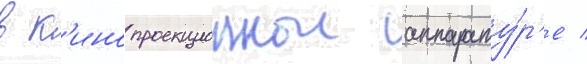
в к'инопроекционнои аппарату́р'е /